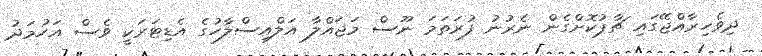
ދިވެހިރާއްޖޭގައި ޗާޕުކޮށްގެން ނެރުނު ފުރަތަމަ ނޫސް މަޖައްލާ އަލްއިސްލާހުގެ އެޑިޓަރަކީ ވެސް އަހުމަދު